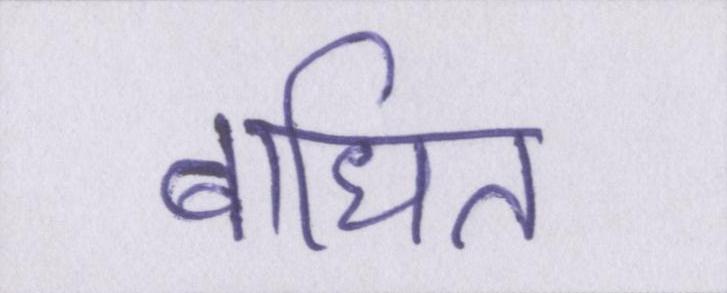
बाधित